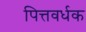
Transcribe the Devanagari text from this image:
पित्तवर्धक